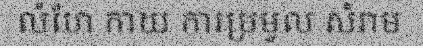
លំហែ កាយ ការប្រមូល សំរាម